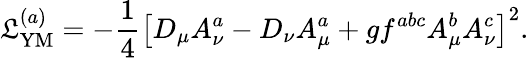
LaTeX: {\cal\mathfrak{L}}_{\mathrm{{YM}}}^{(a)}=-\frac{1}{4}\left[D_{\mu}A_{\nu}^{a}-D_{\nu}A_{\mu}^{a}+gf^{abc}A_{\mu}^{b}A_{\nu}^{c}\right]^{2}.